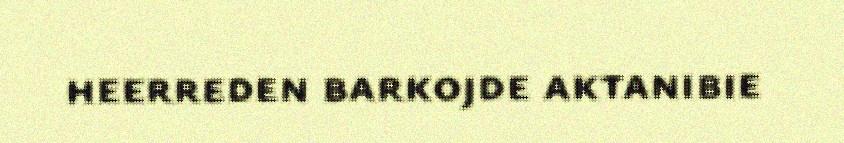
heerreden barkojde aktanibie